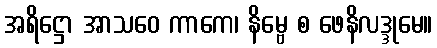
အရိဋ္ဌော အာသဝေ ကာကေ၊ နိမ္ဗေ စ ဖေနိလဒ္ဒုမေ။